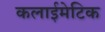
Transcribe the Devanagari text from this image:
कलाईमेटिक